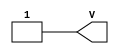
module VCC_3(output V);
	assign V = 1;
endmodule